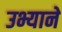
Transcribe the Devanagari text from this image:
उभ्याने